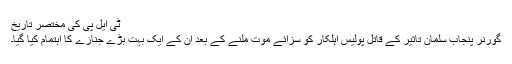
ٹی ایل پی کی مختصر تاریخ
گورنر پنجاب سلمان تاثیر کے قاتل پولیس اہلکار کو سزائے موت ملنے کے بعد ان کے ایک بہت بڑے جنازے کا اہتمام کیا گیا۔